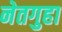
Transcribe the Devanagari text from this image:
नेतगुहा